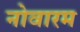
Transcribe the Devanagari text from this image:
नोवारम